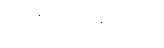
အဆိုပါအချက်ကို